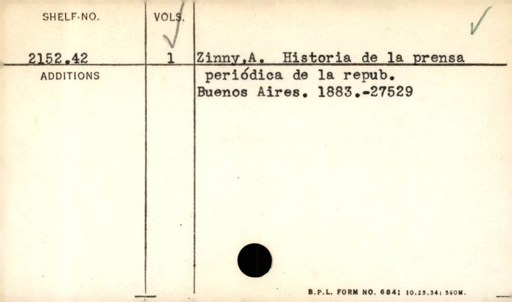
Label: content